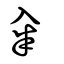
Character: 籴